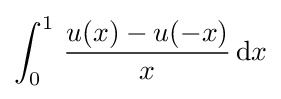
\int _{0}^{1}\,{\frac {u(x)-u(-x)}{x}}\,\mathrm {d} x